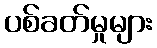
ပစ်ခတ်မှုများ